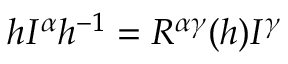
h I ^ { \alpha } h ^ { - 1 } = R ^ { \alpha \gamma } ( h ) I ^ { \gamma }